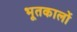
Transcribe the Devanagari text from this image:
भूतकालों